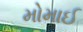
મોમાઈ